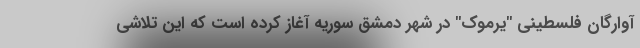
آوارگان فلسطینی "یرموک" در شهر دمشق سوریه آغاز کرده است که این تلاشی